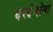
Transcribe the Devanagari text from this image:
देस्देमोना